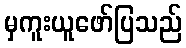
မှကူးယူဖော်ပြသည်